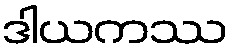
ဒါယကဿ